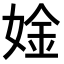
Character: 𫰾